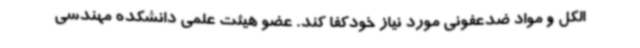
الکل و مواد ضدعفونی مورد نیاز خودکفا کند. عضو هیئت علمی دانشکده مهندسی